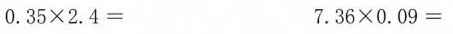
$$0 . 3 5 \times 2 . 4 =$$ $$7 . 3 6 \times 0 . 0 9 =$$